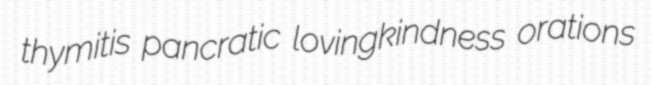
thymitis pancratic lovingkindness orations